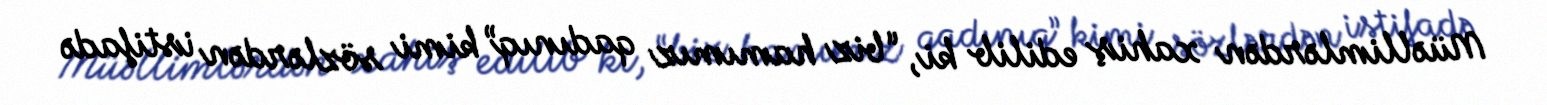
Müəllimlərdən xahiş edilib ki, “biz hamımız qadınıq” kimi sözlərdən istifadə